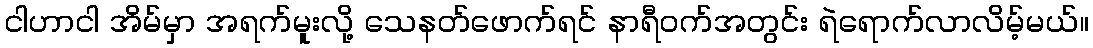
ငါဟာငါ အိမ်မှာ အရက်မူးလို့ သေနတ်ဖောက်ရင် နာရီဝက်အတွင်း ရဲရောက်လာလိမ့်မယ်။